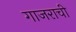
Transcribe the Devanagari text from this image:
गाजराची